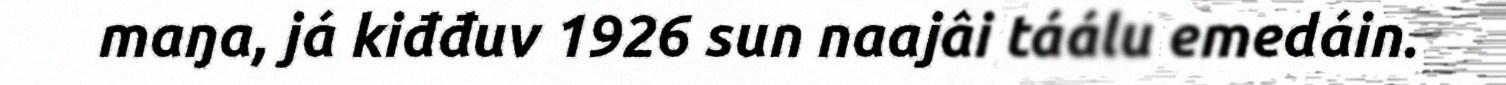
maŋa, já kiđđuv 1926 sun naajâi táálu emedáin.